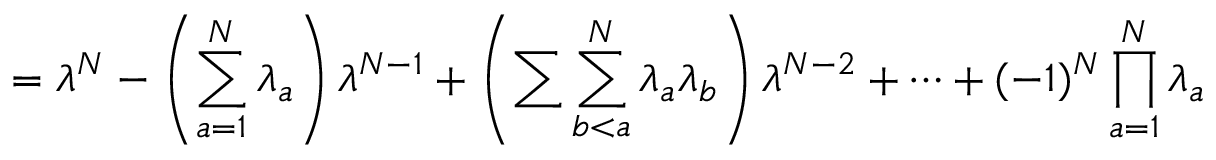
= \lambda ^ { N } - \left( \sum _ { a = 1 } ^ { N } \lambda _ { a } \right) \lambda ^ { N - 1 } + \left( \sum \sum _ { b < a } ^ { N } \lambda _ { a } \lambda _ { b } \right) \lambda ^ { N - 2 } + \dots + ( - 1 ) ^ { N } \prod _ { a = 1 } ^ { N } \lambda _ { a }